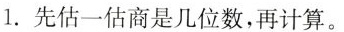
1.先估一估商是几位数，再计算。